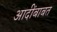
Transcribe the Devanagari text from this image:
आदींबाबत